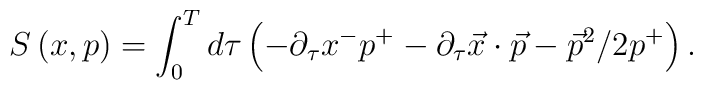
S\left( x,p\right) =\int_0^Td\tau \left( -\partial _\tau x^{-}p^{+}-\partial_\tau \vec{x}\cdot \vec{p}-\vec{p}^2/2p^{+}\right) .